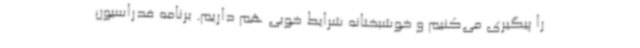
را پیگیری می‌کنیم و خوشبختانه شرایط خوبی هم داریم. برنامه فدراسیون